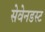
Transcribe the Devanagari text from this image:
सेवेनडस्ट